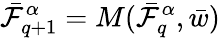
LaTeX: \bar{\mathcal{F}}_{q+1}^{\alpha}=M(\bar{\mathcal{F}}_{q}^{\alpha},\bar{w})